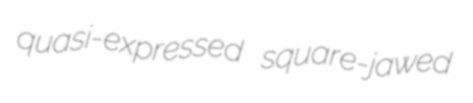
quasi-expressed square-jawed